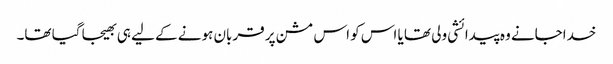
خداجانے وہ پیدائشی ولی تھا یا اس کو اس مشن پر قربان ہونے کے لیے ہی بھیجا گیا تھا۔